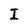
Character: I